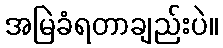
အမြဲခံရတာချည်းပဲ။